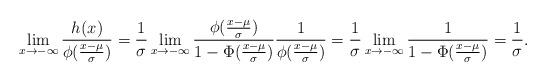
LaTeX: \begin{align*}\lim_{x\to-\infty}\frac{h_{}(x)}{\phi(\frac{x-\mu}{\sigma})}=\frac{1}{\sigma}\lim_{x\to-\infty}\frac{\phi(\frac{x-\mu}{\sigma})}{1-\Phi(\frac{x-\mu}{\sigma})}\frac{1}{\phi(\frac{x-\mu}{\sigma})}=\frac{1}{\sigma}\lim_{x\to-\infty}\frac{1}{1-\Phi(\frac{x-\mu}{\sigma})}=\frac{1}{\sigma}.\end{align*}